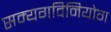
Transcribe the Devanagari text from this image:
सम्यगविनियोग